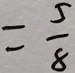
= \frac { 5 } { 8 }